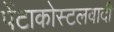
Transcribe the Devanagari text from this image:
पेंटाकोस्टलवादी